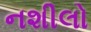
નશીલો